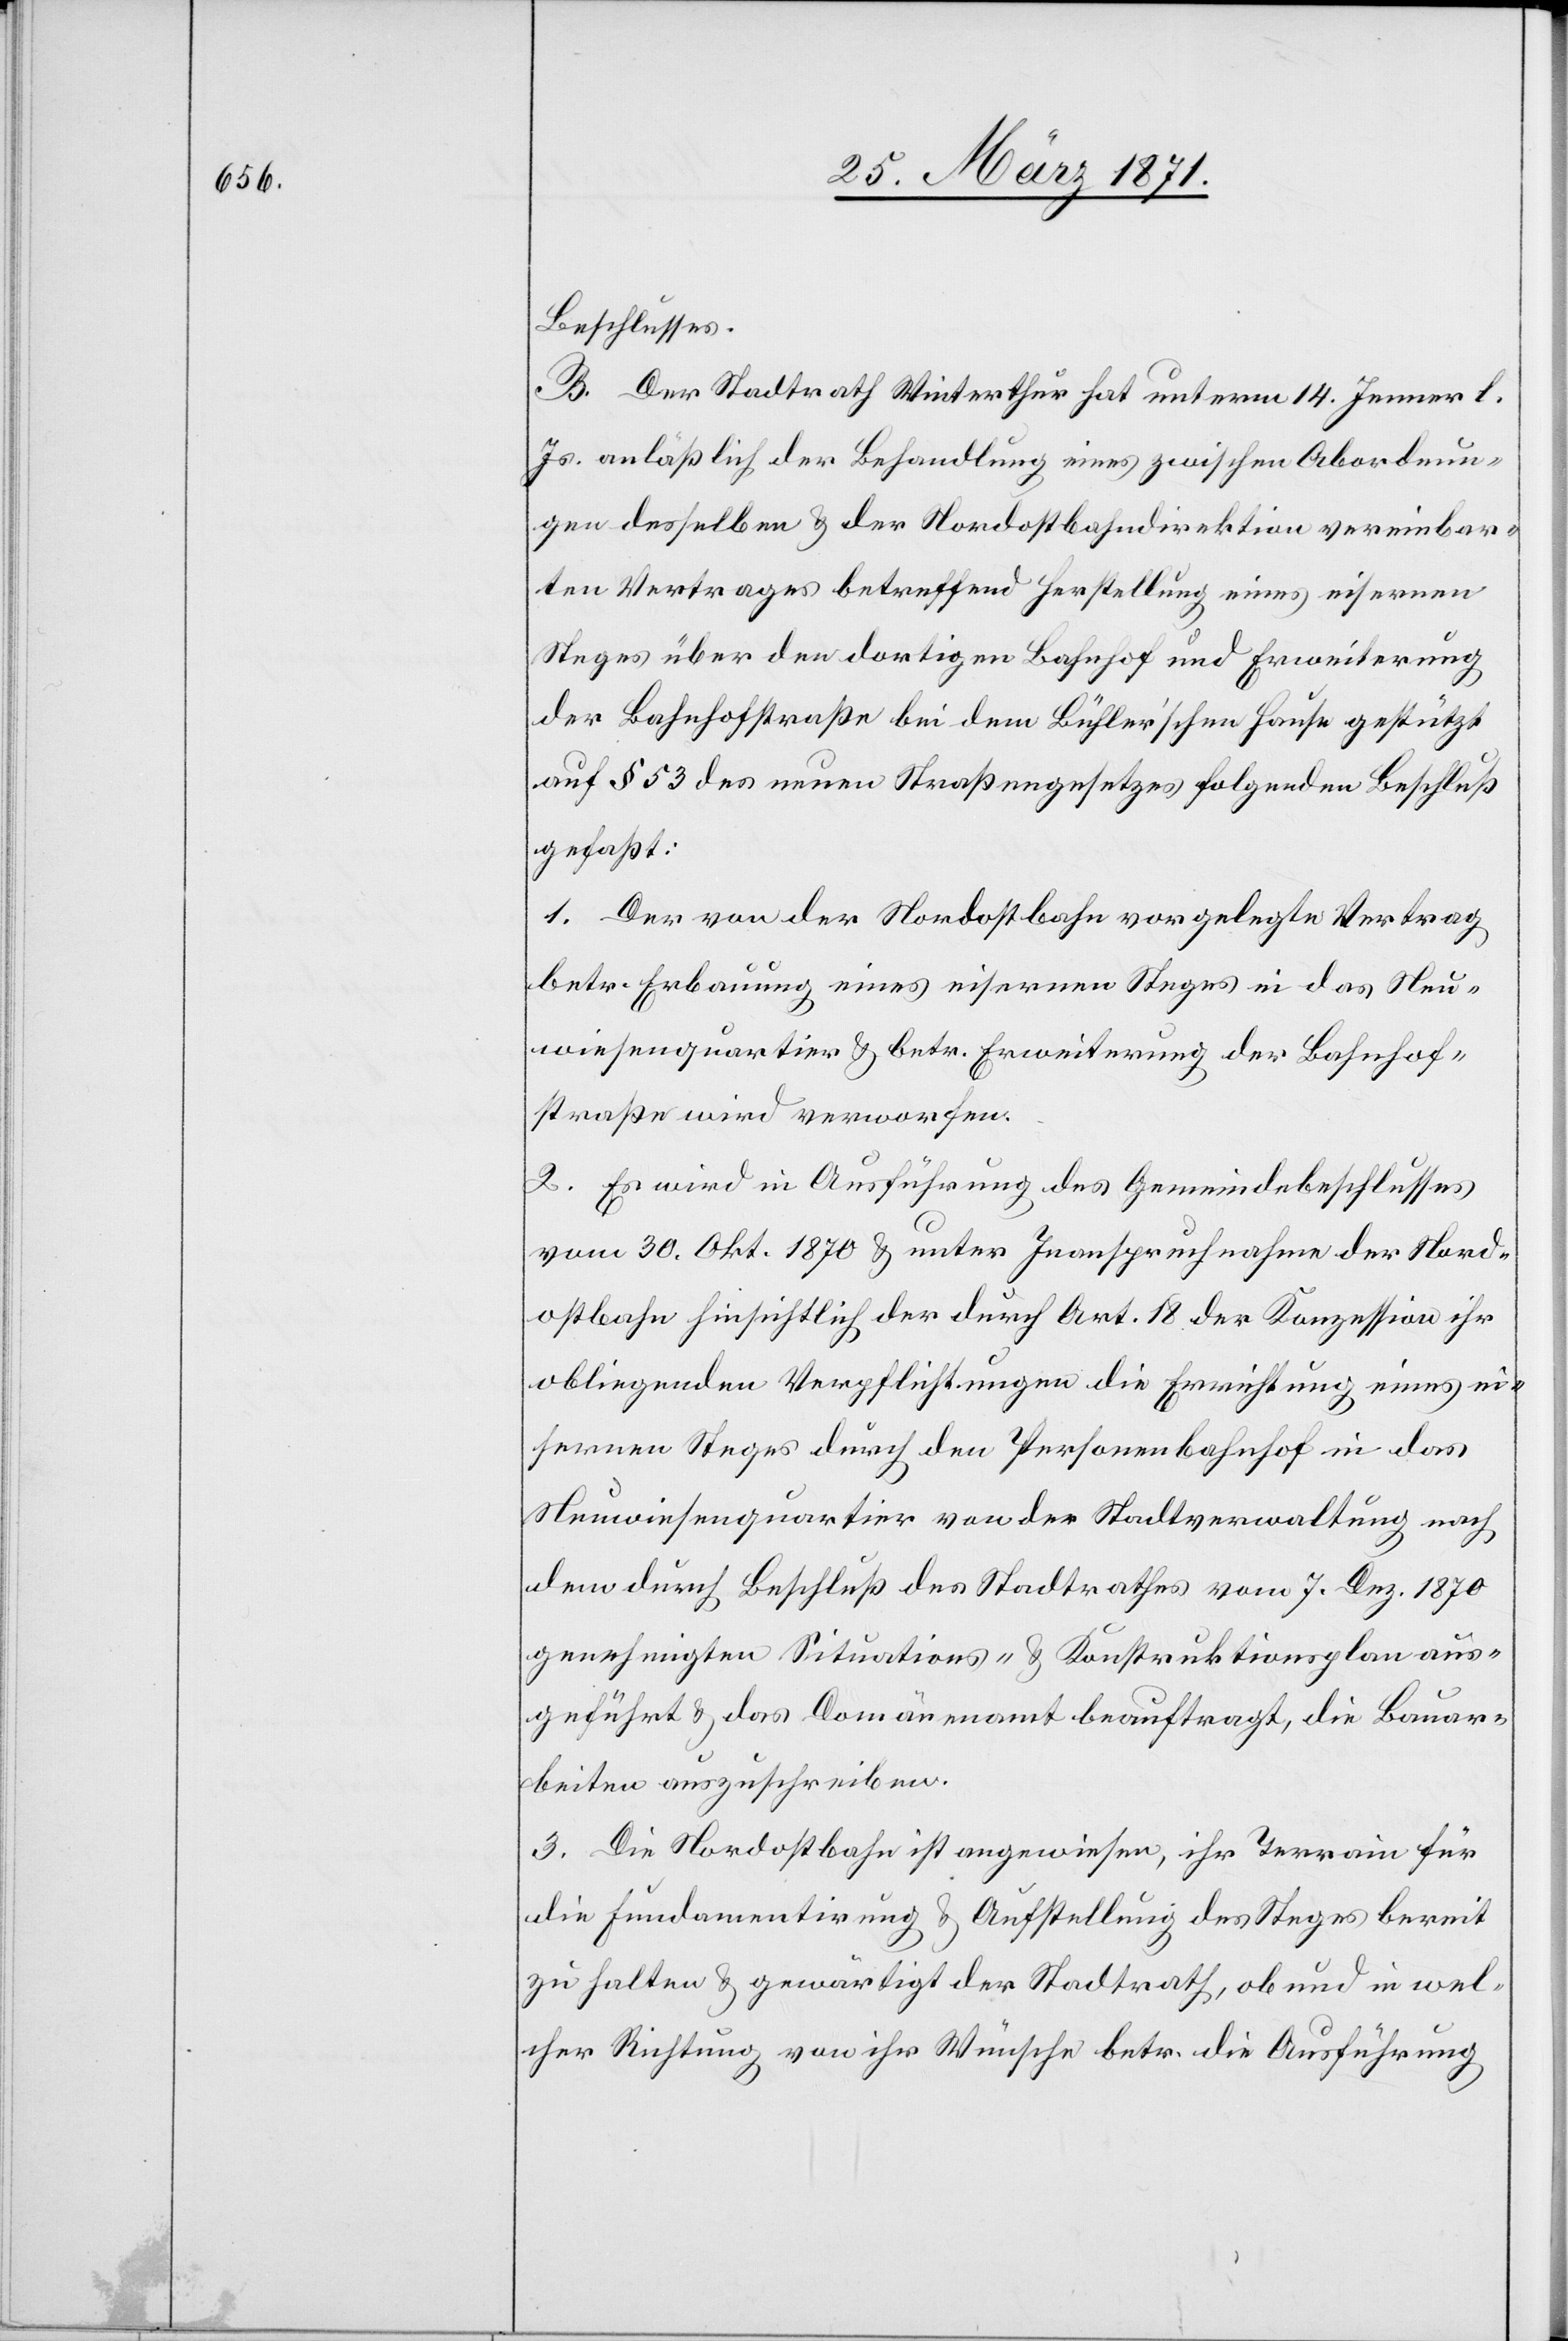
Beschlusses.
B. Der Stadtrath Winterthur hat unterm 14. Jenner l.
Js. anläßlich der Behandlung eines zwischen Abordnun¬
gen desselben u. der Nordostbahndirektion vereinbar¬
ten Vertrages betreffend Herstellung eines eisernen
Steges über den dortigen Bahnhof und Erweiterung
der Bahnhofstraße bei dem Bühler’schen Hause gestützt
auf § 53 des neuen Straßengesetzes folgenden Beschluß
gefaßt:
1. Der von der Nordostbahn vorgelegte Vertrag
betr. Erbauung eines eisernen Steges in das Neu¬
wiesenquartier u. betr. Erweiterung der Bahnhof¬
straße wird verworfen.
2. Es wird in Ausführung des Gemeindebeschlusses
vom 30. Okt. 1870 u. unter Inanspruchnahme der Nord¬
ostbahn hinsichtlich der durch Art. 18 der Konzession ihr
obliegenden Verpflichtungen die Errichtung eines ei¬
sernen Steges durch den Personenbahnhof in das
Neuwiesenquartier von der Stadtverwaltung nach
dem durch Beschluß des Stadtrathes vom 7. Dez. 1870
genehmigten Situations- u. Konstruktionsplan aus¬
geführt u. das Domänenamt beauftragt, die Bauar¬
beiten auszuschreiben.
3. Die Nordostbahn ist angewiesen, ihr Terrain für
die Fundamentirung u. Aufstellung des Steges bereit
zu halten u. gewärtigt der Stadtrath, ob und in wel¬
cher Richtung von ihr Wünsche betr. die Ausführung